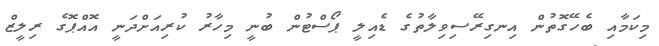
މިކަމާއި ބެހޭގޮތުން އިނގިރޭސިވިލާތުގެ ޑެއިލީ ޕޯސްޓުން ބުނީ މިހާރު ކުރިއަށްދަނީ އޮއްޕޮގެ ރިލީޒް